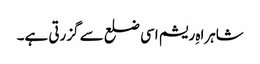
شاہراہِ ریشم اسی ضلع سے گزرتی ہے۔